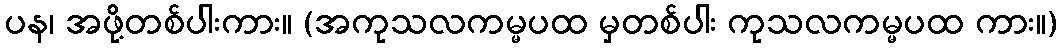
ပန၊ အဖို့တစ်ပါးကား။ (အကုသလကမ္မပထ မှတစ်ပါး ကုသလကမ္မပထ ကား။)